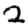
Digit: 2